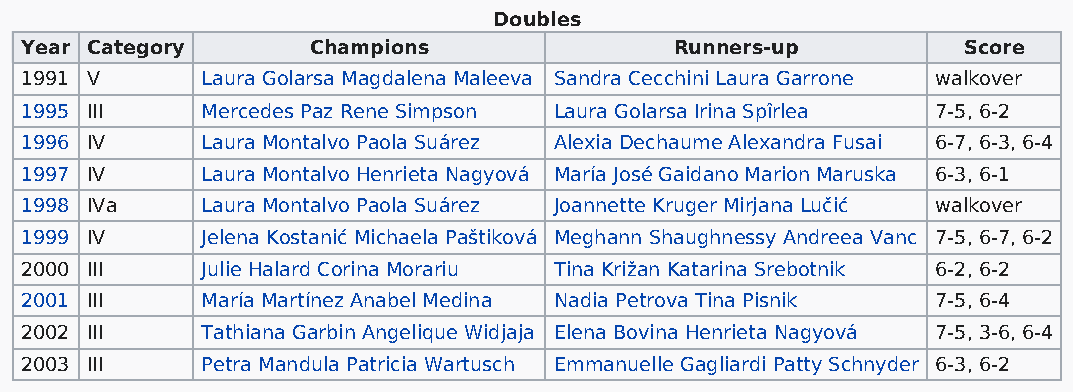
Doubles
 Year Category       Champions               Runners-up         Score
 1991 V      Laura Golarsa Magdalena Maleeva Sandra Cecchini Laura Garrone walkover
 1995 III    Mercedes Paz Rene Simpson Laura Golarsa Irina Spîrlea 7-5, 6-2
 1996 IV     Laura Montalvo Paola Suárez Alexia Dechaume Alexandra Fusai 6-7, 6-3, 6-4
 1997 IV     Laura Montalvo Henrieta Nagyová María José Gaidano Marion Maruska 6-3, 6-1
 1998 IVa    Laura Montalvo Paola Suárez Joannette Kruger Mirjana Lučić walkover
 1999 IV     Jelena Kostanić Michaela Paštiková Meghann Shaughnessy Andreea Vanc 7-5, 6-7, 6-2
 2000 III    Julie Halard Corina Morariu Tina Križan Katarina Srebotnik 6-2, 6-2
 2001 III    María Martínez Anabel Medina Nadia Petrova Tina Pisnik 7-5, 6-4
 2002 III    Tathiana Garbin Angelique Widjaja Elena Bovina Henrieta Nagyová 7-5, 3-6, 6-4
 2003 III    Petra Mandula Patricia Wartusch Emmanuelle Gagliardi Patty Schnyder 6-3, 6-2